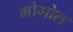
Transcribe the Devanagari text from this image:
मोगोल